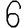
Digit: 6